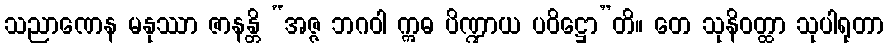
သညာဏေန မနုဿာ ဇာနန္တိ “အဇ္ဇ ဘဂဝါ ဣဓ ပိဏ္ဍာယ ပဝိဋ္ဌော”တိ။ တေ သုနိဝတ္ထာ သုပါရုတာ